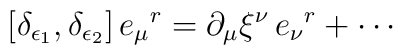
[\delta_{\epsilon_1},\delta_{\epsilon_2}]\,e_\mu{}^r =   \partial_\mu\xi^\nu\,e_\nu{}^r + \cdots